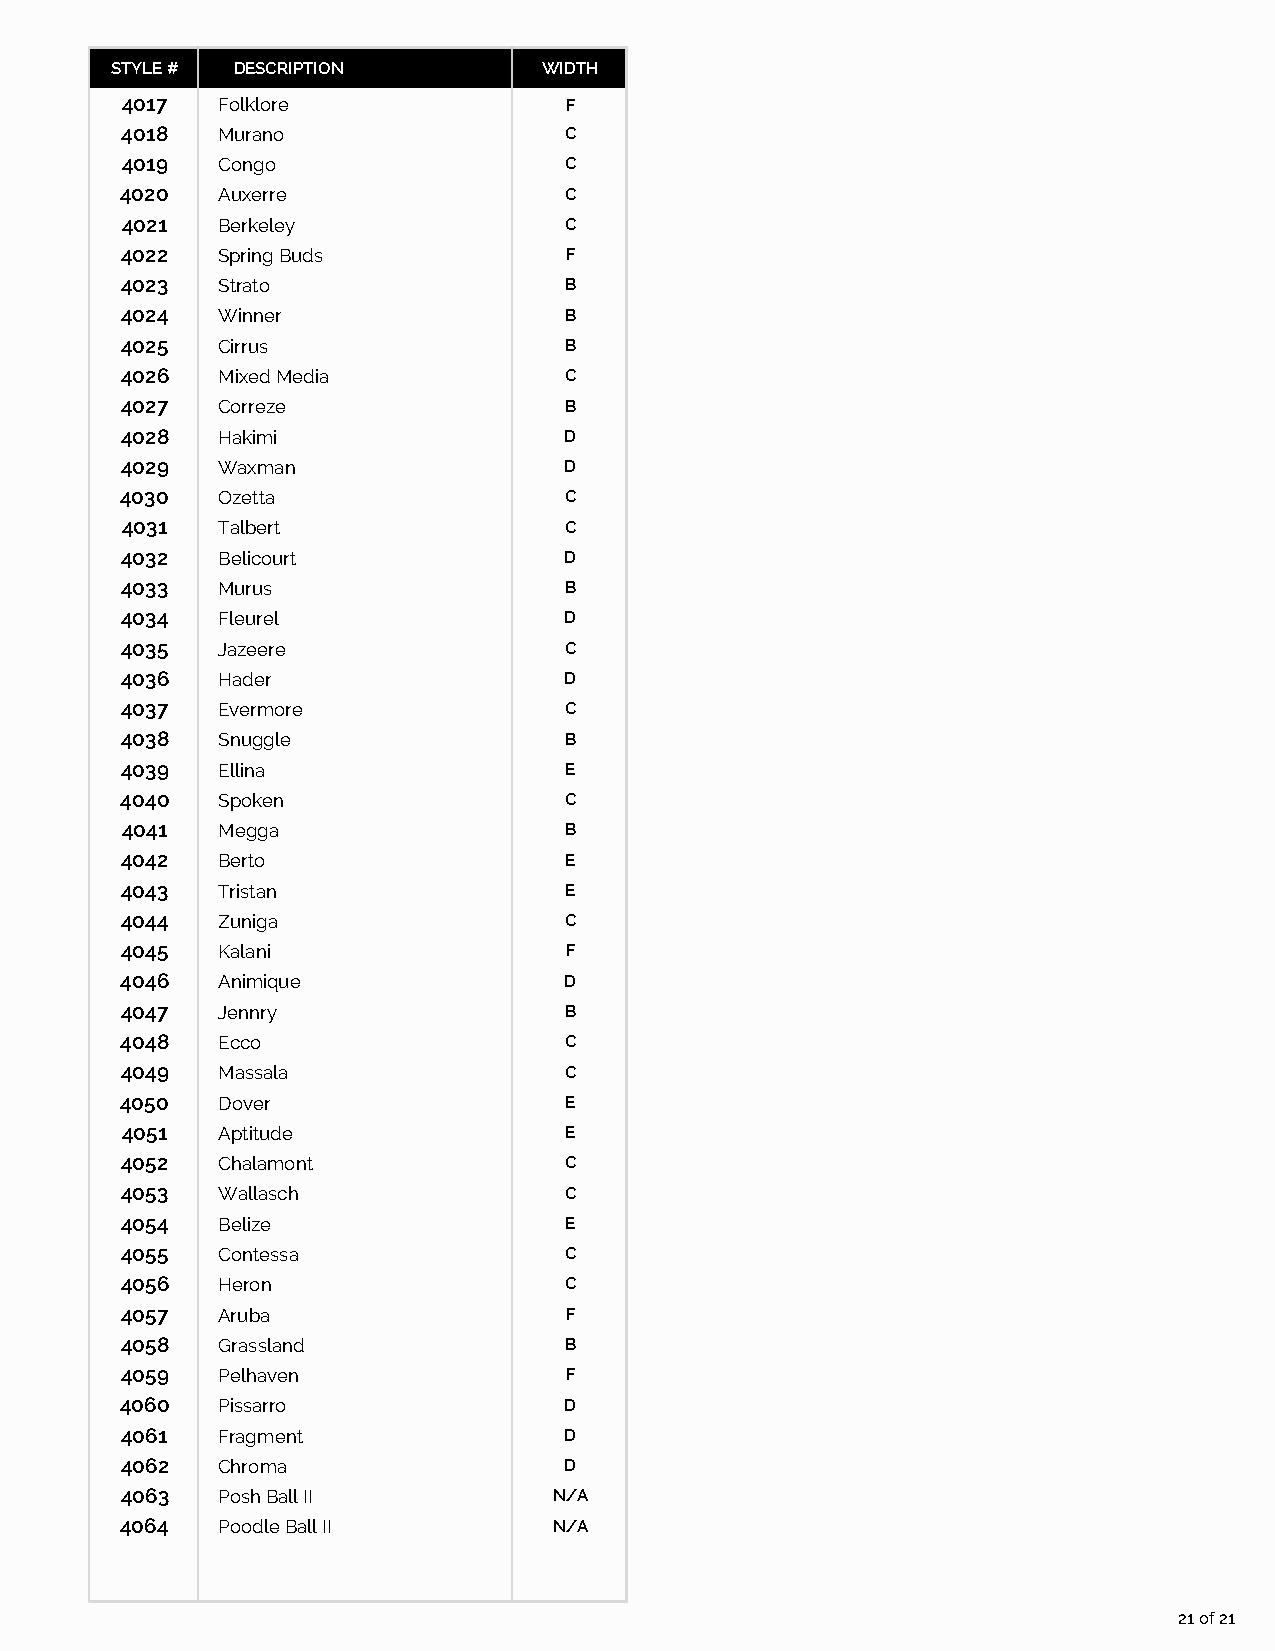
STYLE # DESCRIPTION          WIDTH
 4017  Folklore               F
 4018  Murano                 C
 4019  Congo                  C
 4020  Auxerre                C
 4021  Berkeley               C
 4022  Spring Buds            F
 4023  Strato                 B
 4024  Winner                 B
 4025  Cirrus                 B
 4026  Mixed Media            C
 4027  Correze                B
 4028  Hakimi                 D
 4029  Waxman                 D
 4030  Ozetta                 C
 4031  Talbert                C
 4032  Belicourt              D
 4033  Murus                  B
 4034  Fleurel                D
 4035  Jazeere                C
 4036  Hader                  D
 4037  Evermore               C
 4038  Snuggle                B
 4039  Ellina                 E
 4040  Spoken                 C
 4041  Megga                  B
 4042  Berto                  E
 4043  Tristan                E
 4044  Zuniga                 C
 4045  Kalani                 F
 4046  Animique               D
 4047  Jennry                 B
 4048  Ecco                   C
 4049  Massala                C
 4050  Dover                  E
 4051  Aptitude               E
 4052  Chalamont              C
 4053  Wallasch               C
 4054  Belize                 E
 4055  Contessa               C
 4056  Heron                  C
 4057  Aruba                  F
 4058  Grassland              B
 4059  Pelhaven               F
 4060  Pissarro               D
 4061  Fragment               D
 4062  Chroma                 D
 4063  Posh Ball II           N/A
 4064  Poodle Ball II         N/A
 21 of 21